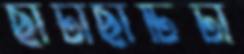
ছাঁটাছাঁটিটা